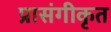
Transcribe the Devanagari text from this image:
प्रासंगीकृत